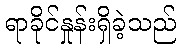
ရာခိုင်နှုန်းရှိခဲ့သည်